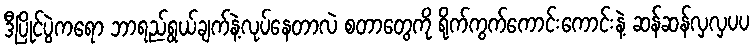
ဒီပြိုင်ပွဲကရော ဘာရည်ရွယ်ချက်နဲ့လုပ်နေတာလဲ စတာတွေကို ရိုက်ကွက်ကောင်းကောင်းနဲ့ ဆန်ဆန်လှလှပပ